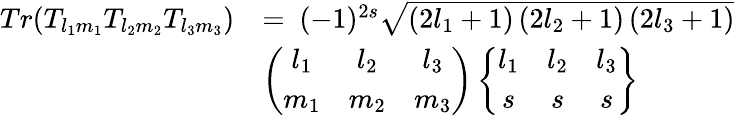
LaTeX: \begin{array}{rl}{Tr(T_{l_{1}m_{1}}T_{l_{2}m_{2}}T_{l_{3}m_{3}})}&{=\ (-1)^{2s}\sqrt{\left(2l_{1}+1\right)\left(2l_{2}+1\right)\left(2l_{3}+1\right)}}\\ &{\left(\begin{array}{ccc}{l_{1}}&{l_{2}}&{l_{3}}\\ {m_{1}}&{m_{2}}&{m_{3}}\end{array}\right)\left\{ \begin{array}{ccc}{l_{1}}&{l_{2}}&{l_{3}}\\ {s}&{s}&{s}\end{array}\right\} }\end{array}